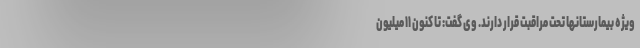
ویژه بیمارستانها تحت مراقبت قرار دارند. وی گفت: تا کنون ۱۱ میلیون